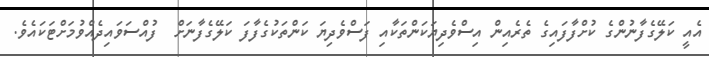
އެއީ ކަލޭޭގެފާނުންގެ ކުށްފާފައިގެ ތެރެއިން އިސްވެދިޔަކަންތަކާއި ފަސްވެދިޔަ ކަންތަކުގެފާފަ ކަލޭގެފާނަށް  ފުއްސަވައިދެއްވުމަށްޓަކައެވެ.